Annual administration report of the Civil Veterinary Department of India - 1896-1897
Year: 1896
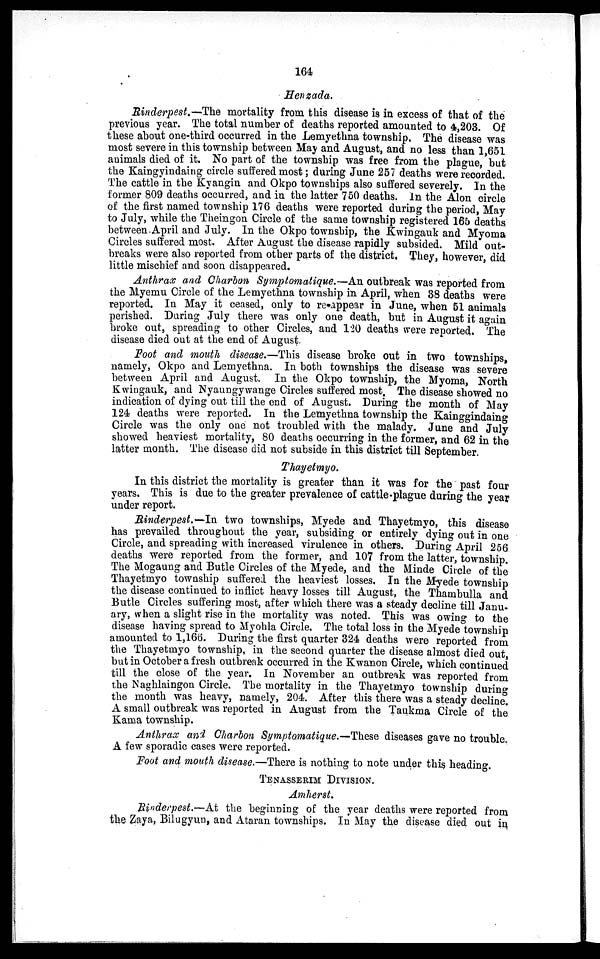
164
Henzada.
Rinderpest.—The mortality from this disease is in excess of that of the
previous year. The total number of deaths reported amounted to 4,203. Of
these about one-third occurred in the Lemyethna township. The disease was
most severe in this township between May and August, and no less than 1,651
animals died of it. No part of the township was free from the plague, but
the Kaingyindaing circle suffered most; during June 257 deaths were recorded.
The cattle in the Kyangin and Okpo townships also suffered severely. In the
former 809 deaths occurred, and in the latter 750 deaths. In the Alon circle
of the first named township 176 deaths were reported during the period, May
to July, while the Theingon Circle of the same township registered 165 deaths
between .April and July. In the Okpo township, the Kwingauk and Myoma
Circles suffered most. After August the disease rapidly subsided. Mild out-
breaks were also reported from other parts of the district. They, however did
little mischief and soon disappeared.
Anthrax and Charbon Symptomatique.-An outbreak was reported from
the Myemu Circle of the Lemyethna township in April, when 38 deaths were
reported. In May it ceased, only to re-appear in June, when 51 animals
perished. During July there was only one death, but in August it again
broke out, spreading to other Circles, and 120 deaths were reported. The
disease died out at the end of August.
Foot and mouth disease.—This disease broke out in two townships,
namely, Okpo and Lemyethna. In both townships the disease was severe
between April and August. In the Okpo township, the Myoma, North
Kwingauk, and Nyaungywange Circles suffered most. The disease showed no
indication of dying out till the end of August. During the month of May
124 deaths were reported. In the Lemyethna township the Kainggindaing
Circle was the only one not troubled with the malady. June and July
showed heaviest mortality, 80 deaths occurring in the former, and 62 in the
latter month. The disease did not subside in this district till September.
Thayetmyo.
In this district the mortality is greater than it was for the past four
years. This is due to the greater prevalence of cattle-plague during the year
under report.
Rinderpest.—In two townships, Myede and Thayetmyo, this disease
has prevailed throughout the year, subsiding or entirely dying out in one
Circle, and spreading with increased virulence in others. During April 256
deaths were reported from the former, and 107 from the latter, township.
The Mogaung and Butle Circles of the Myede, and the Minde Circle of the
Thayetmyo township suffered the heaviest losses. In the Myede township
the disease continued to inflict heavy losses till August, the Thambulla and
Butle Circles suffering most, after which there was a steady decline till Janu-
ary, when a slight rise in the mortality was noted. This was owing to the
disease having spread to Myohla Circle. The total loss in the Myede township
amounted to 1,166. During the first quarter 324 deaths were reported from
the Thayetmyo township, in the second quarter the disease almost died out,
but in October a fresh outbreak occurred in the Kwanon Circle, which continued
till the close of the year. In November an outbreak was reported from
the Naghlaingon Circle. The mortality in the Thayetmyo township during
the month was heavy, namely, 204. After this there was a steady decline.
A small outbreak was reported in August from the Taukma Circle of the
Kama township.
Anthrax and Charbon Symptomatique.—These diseases gave no trouble.
A few sporadic cases were reported.
Foot and mouth disease.—There is nothing to note under this heading.
TENASSERIM
DIVISION.
Amherst.
Rinderpest.—At the beginning of the year deaths were reported from
the Zaya, Bilugyun, and Ataran townships. In May the disease died out in